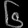
Digit: ၆